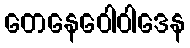
တေနေဝေါဝါဒေန